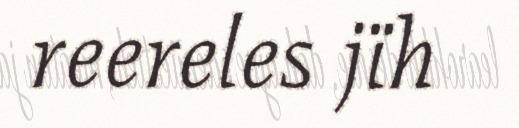
reereles jïh